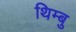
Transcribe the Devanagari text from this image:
थिम्बु